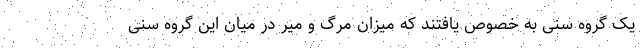
یک گروه سنی به خصوص یافتند که میزان مرگ و میر در میان این گروه سنی